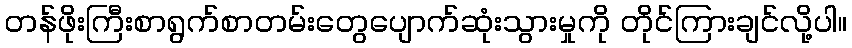
တန်ဖိုးကြီးစာရွက်စာတမ်းတွေပျောက်ဆုံးသွားမှုကို တိုင်ကြားချင်လို့ပါ။